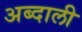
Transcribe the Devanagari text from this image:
अब्‍दाली